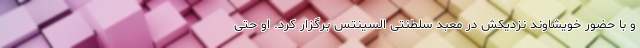
و با حضور خویشاوند نزدیکش در معبد سلطنتی السینتس برگزار کرد. او حتی